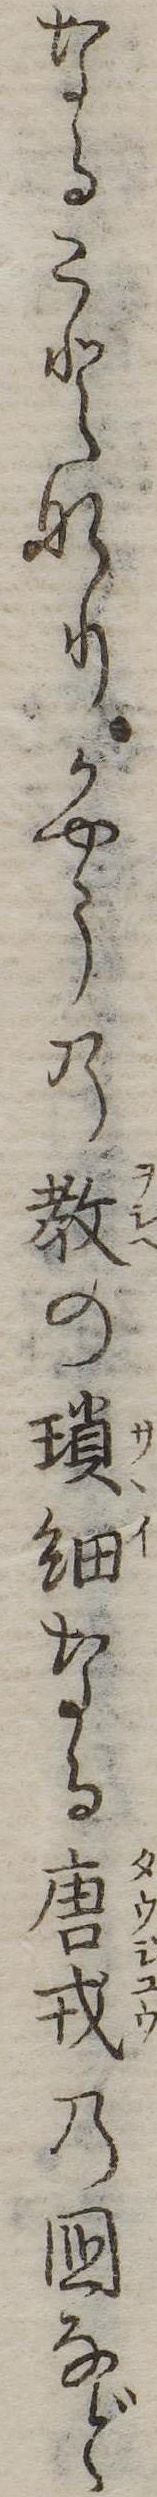
なることなりかやうの教の瑣細なる唐戎の国など